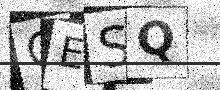
Text: QESQ